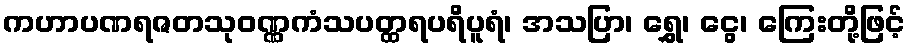
ကဟာပဏရဇတသုဝဏ္ဏကံသပတ္ထရပရိပူရံ၊ အသပြာ၊ ရွှေ၊ ငွေ၊ ကြေးတို့ဖြင့်